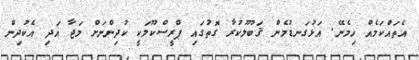
އެތައްކަމެއް ހިމެނޭ. އަޅުގަނޑުމެން ޤަބޫލުކުރާ ގޮތުގައި ޕްރީސްކޫލަކީ ކުދިންނަށް މަޖާ އަދި އެކުދިން